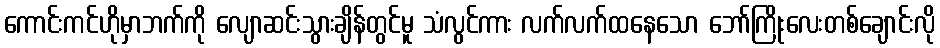
ကောင်းကင်ဟိုမှာဘက်ကို လျောဆင်းသွားချိန်တွင်မူ သံလွင်ကား လက်လက်ထနေသော ဘော်ကြိုးလေးတစ်ချောင်းလို